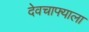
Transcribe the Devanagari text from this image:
देवचाफ्याला